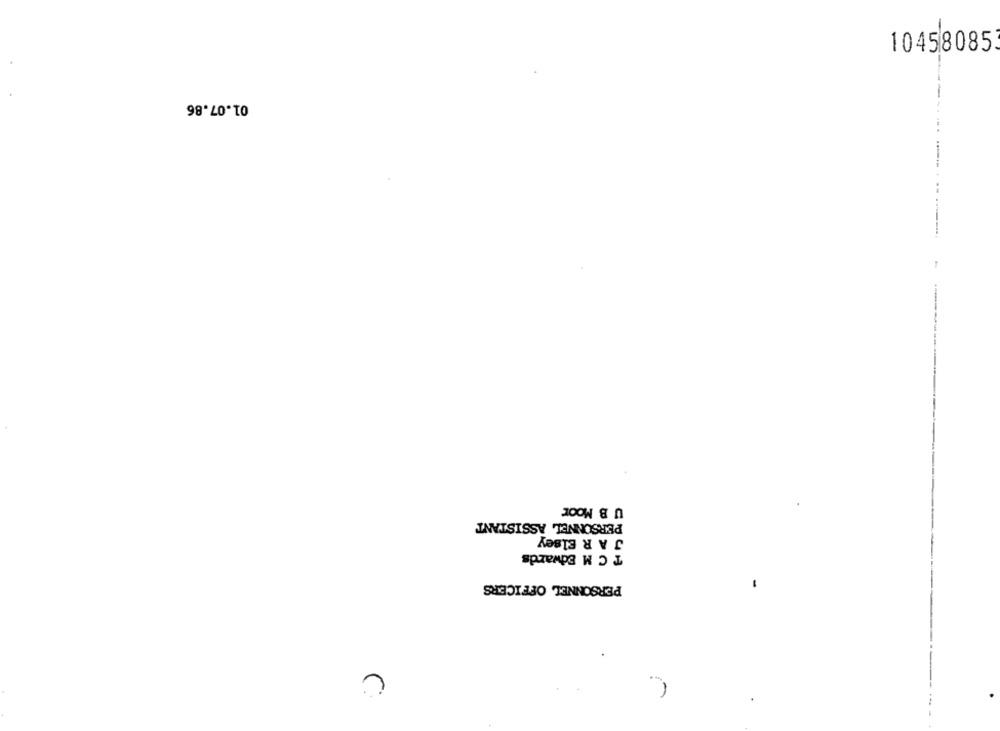
10458085
01.07.86
U B Moor
PERSONNEL ASSISTANT
J AR Elsey
T C M Edwards
PERSONNEL OFFICERS